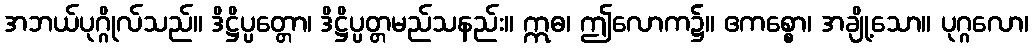
အဘယ်ပုဂ္ဂိုလ်သည်။ ဒိဋ္ဌိပ္ပတ္တော၊ ဒိဋ္ဌိပ္ပတ္တမည်သနည်း။ ဣဓ၊ ဤလောက၌။ ဧကစ္စော၊ အချို့သော။ ပုဂ္ဂလော၊